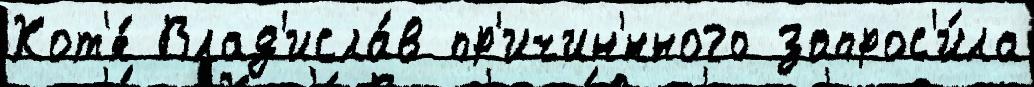
Хот'я́ Влад'исла́в пр'ичин'́нного запрос'и́ла